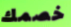
خصمك